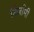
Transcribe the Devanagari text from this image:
निजाँमी